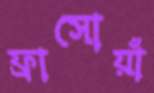
ফ্রাসোয়াঁ